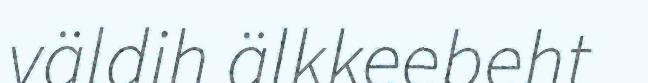
väldih älkkeebeht